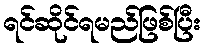
ရင်ဆိုင်ရမည်ဖြစ်ပြီး